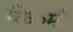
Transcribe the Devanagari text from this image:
कि॰मी